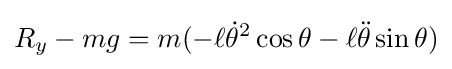
R_{y}-mg=m(-\ell {\dot {\theta }}^{2}\cos \theta -\ell {\ddot {\theta }}\sin \theta )